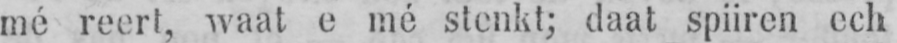
mé reert, waat e mé stenkt; daat spiiren ech